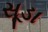
સૂડા